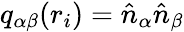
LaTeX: q_{\alpha\beta}(r_{i})=\hat{n}_{\alpha}\hat{n}_{\beta}